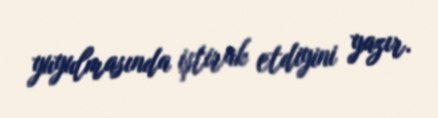
yuyulmasında iştirak etdiyini yazır.